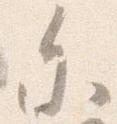
参